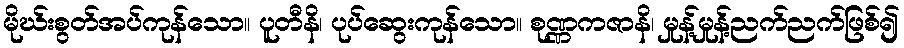
မိုဃ်းစွတ်အပ်ကုန်သော။ ပူတီနိ၊ ပုပ်ဆွေးကုန်သော။ စုဏ္ဏကဇာနိ၊ မှုန့်မှုန့်ညက်ညက်ဖြစ်၍